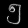
Digit: ၅